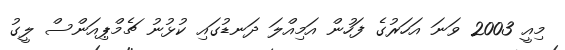
މިއީ 2003 ވަނަ އަހަރުގެ ފަހުން އަމިއްލަ ދަނޑުގައި ކުޅުނު ޗެމްޕިއަންސް ލީގު